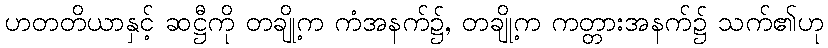
ဟတတိယာနှင့် ဆဋ္ဌီကို တချို့က ကံအနက်၌, တချို့က ကတ္တားအနက်၌ သက်၏ဟု